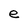
Character: e